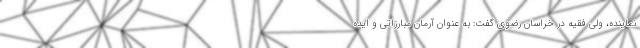
نماینده، ولی فقیه در خراسان رضوی گفت: به عنوان آرمان مبارزاتی و ایده